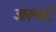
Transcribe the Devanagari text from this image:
जल्बर्ट